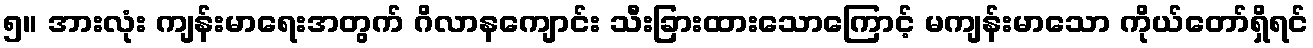
၅။ အားလုံး ကျန်းမာရေးအတွက် ဂိလာနကျောင်း သီးခြားထားသောကြောင့် မကျန်းမာသော ကိုယ်တော်ရှိရင်